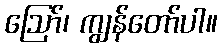
ဩော်၊ ကျွန်တော်ပါ။